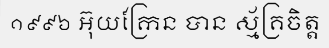
១៩៩៦ អ៊ុយក្រែន បាន ស្ម័គ្រចិត្ត